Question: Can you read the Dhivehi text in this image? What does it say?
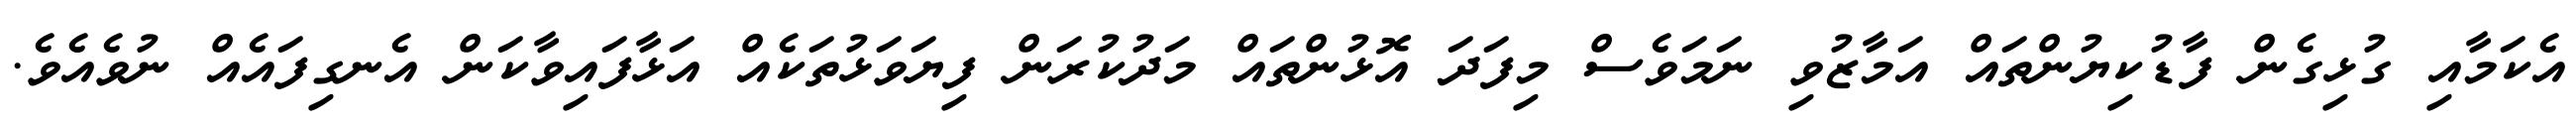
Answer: އެކަމާއި ގުޅިގެން ފާޑުކިޔުންތައް އަމާޒުވި ނަމަވެސް މިފަދަ އޮޅުންތައް މަދުކުރަން ފިޔަވަޅުތަކެއް އަޅާފައިވާކަން އެނގިފައެއް ނުވެއެވެ.